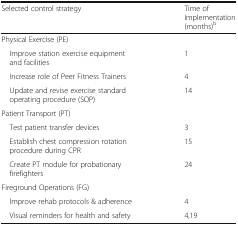
<table><thead><tr><td><b>Selected control strategy</b></td><td><b>Time of Implementation (months)<sup>b</sup></b></td></tr></thead><tbody><tr><td>Physical Exercise (PE)</td><td></td></tr><tr><td> Improve station exercise equipment and facilities</td><td>1</td></tr><tr><td> Increase role of Peer Fitness Trainers</td><td>4</td></tr><tr><td> Update and revise exercise standard operating procedure (SOP)</td><td>14</td></tr><tr><td>Patient Transport (PT)</td><td></td></tr><tr><td> Test patient transfer devices</td><td>3</td></tr><tr><td> Establish chest compression rotation procedure during CPR</td><td>15</td></tr><tr><td> Create PT module for probationary firefighters</td><td>24</td></tr><tr><td>Fireground Operations (FG)</td><td></td></tr><tr><td> Improve rehab protocols &amp; adherence</td><td>4</td></tr><tr><td> Visual reminders for health and safety</td><td>4,19</td></tr></tbody></table>